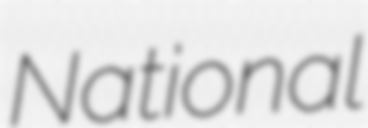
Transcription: National